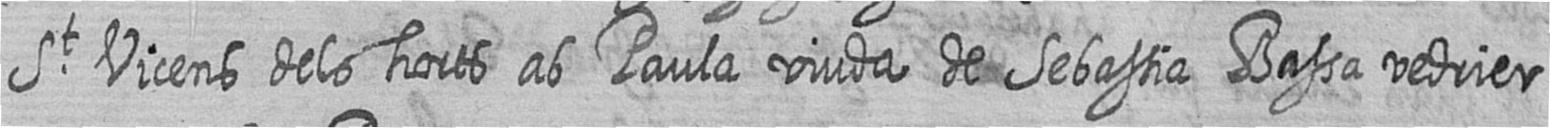
St Vicens dels horts ab Paula viuda de Sebastia Bassa vedrier